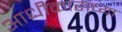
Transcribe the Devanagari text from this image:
आधीकारा्च्या